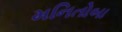
મનિતોબા